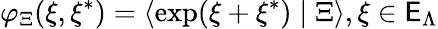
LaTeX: \varphi_{\Xi}(\xi,\xi^{*})=\left\langle\exp(\xi+\xi^{*})\mid\Xi\right\rangle,\xi\in{\cal\mathsf{E}}_{\Lambda}